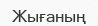
Жығаның